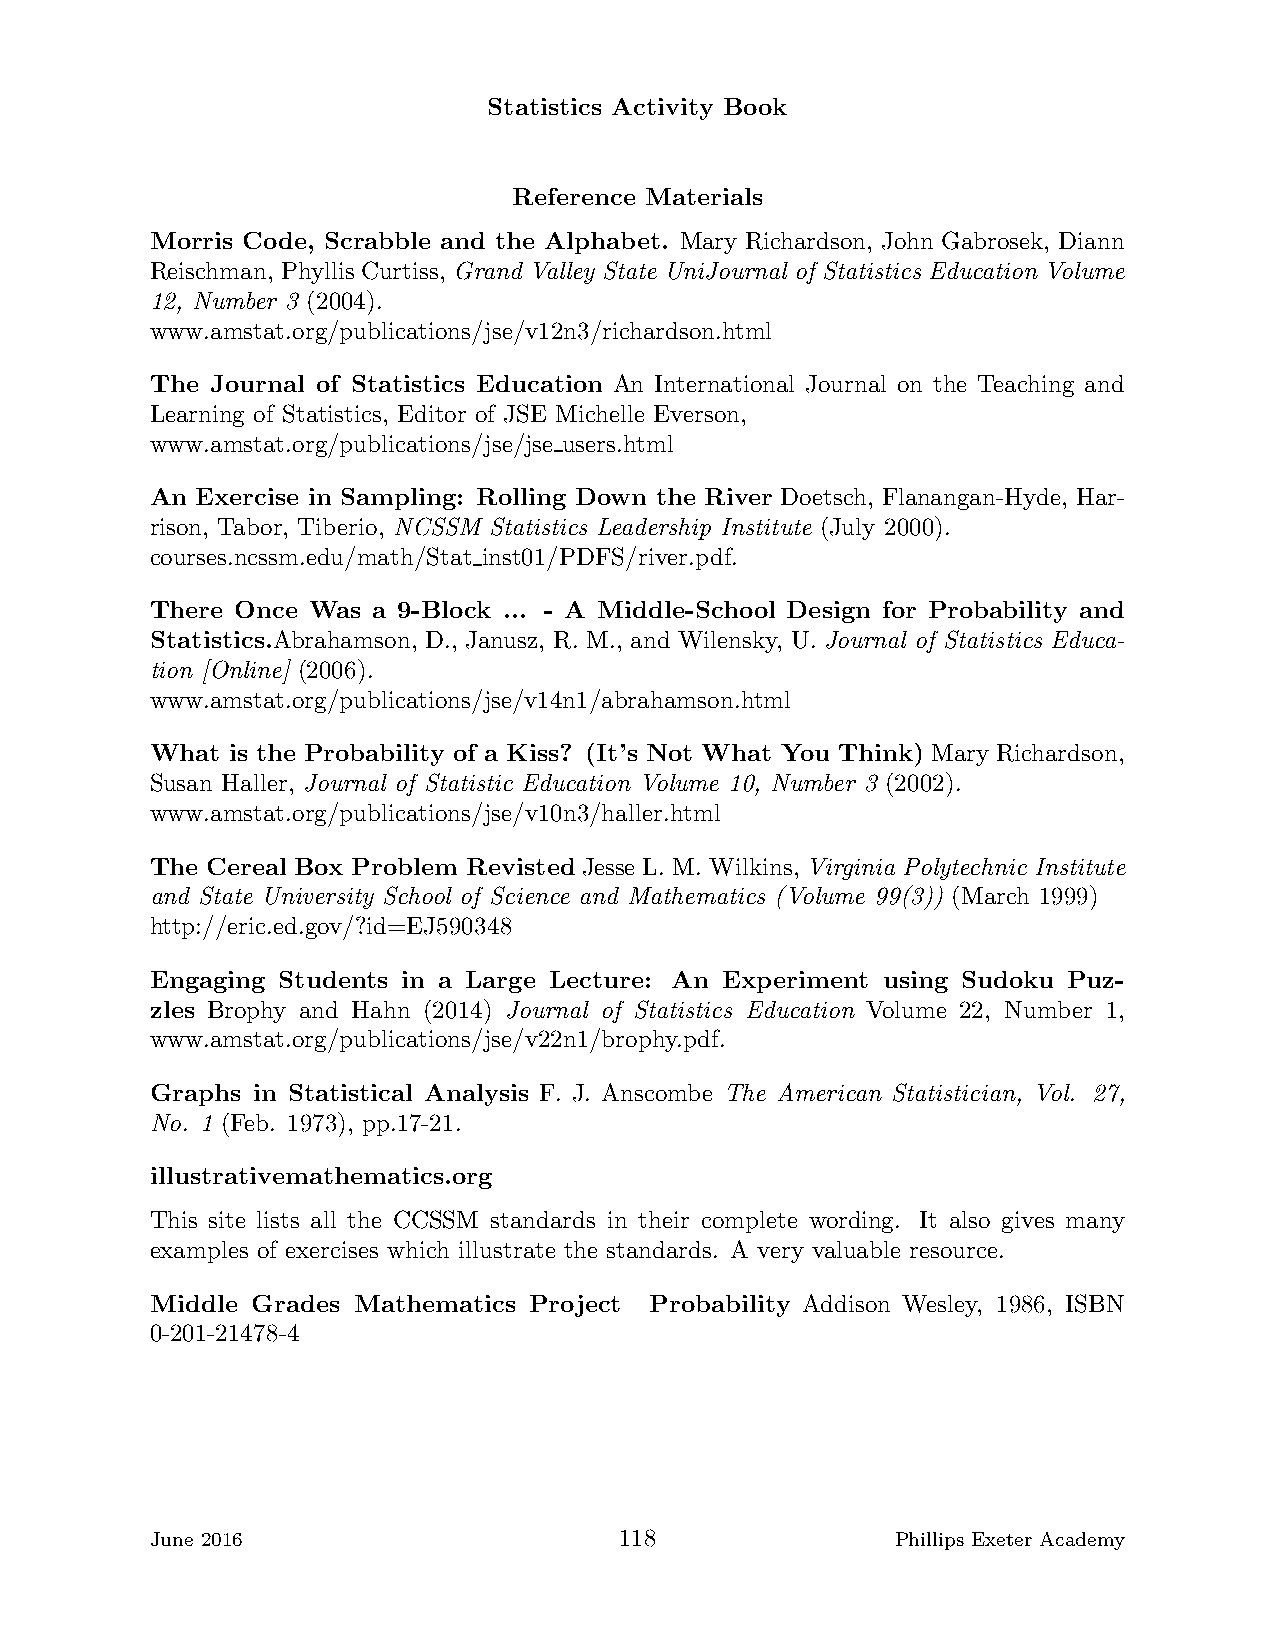
Statistics Activity Book
 Reference Materials
 Morris Code, Scrabble and the Alphabet. Mary Richardson, John Gabrosek, Diann
 Reischman, PhyllisCurtiss, Grand Valley State UniJournal of Statistics Education Volume
 12, Number 3 (2004).
 www.amstat.org/publications/jse/v12n3/richardson.html
 The Journal of Statistics Education An International Journal on the Teaching and
 Learning of Statistics, Editor of JSE Michelle Everson,
 www.amstat.org/publications/jse/jse users.html
 An Exercise in Sampling: Rolling Down the River Doetsch, Flanangan-Hyde, Har-
 rison, Tabor, Tiberio, NCSSM Statistics Leadership Institute (July 2000).
 courses.ncssm.edu/math/Stat inst01/PDFS/river.pdf.
 There Once Was a 9-Block ... - A Middle-School Design for Probability and
 Statistics.Abrahamson, D., Janusz, R. M., and Wilensky, U. Journal of Statistics Educa-
 tion [Online] (2006).
 www.amstat.org/publications/jse/v14n1/abrahamson.html
 What is the Probability of a Kiss? (It’s Not What You Think) Mary Richardson,
 Susan Haller, Journal of Statistic Education Volume 10, Number 3 (2002).
 www.amstat.org/publications/jse/v10n3/haller.html
 The Cereal Box Problem Revisted Jesse L. M. Wilkins, Virginia Polytechnic Institute
 and State University School of Science and Mathematics (Volume 99(3)) (March 1999)
 http://eric.ed.gov/?id=EJ590348
 Engaging Students in a Large Lecture: An Experiment using Sudoku Puz-
 zles Brophy and Hahn (2014) Journal of Statistics Education Volume 22, Number 1,
 www.amstat.org/publications/jse/v22n1/brophy.pdf.
 Graphs in Statistical Analysis F. J. Anscombe The American Statistician, Vol. 27,
 No. 1 (Feb. 1973), pp.17-21.
 illustrativemathematics.org
 This site lists all the CCSSM standards in their complete wording. It also gives many
 examples of exercises which illustrate the standards. A very valuable resource.
 Middle Grades Mathematics Project Probability Addison Wesley, 1986, ISBN
 0-201-21478-4
 June 2016                      118               Phillips Exeter Academy